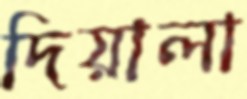
দিয়ালা